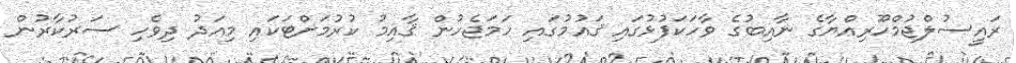
ރައީސުލްޖުމްހޫރިއްޔާގެ ނާއިބުގެ ވާހަކަފުޅުގައި ޤައުމުގައި ހަމަޖެހުން ޤާއިމު ކުރުމަށްޓަކައި މިއަދު ދިވެހި ސަރުކާރުން